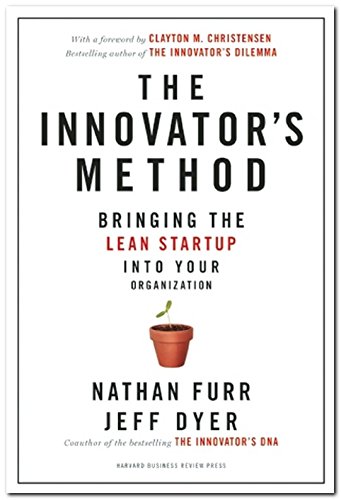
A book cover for The Innovator's Method: Bringing the Lean Start-up into Your Organization; Nathan Furr; Business & Money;